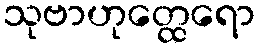
သုဗာဟုတ္ထေရော